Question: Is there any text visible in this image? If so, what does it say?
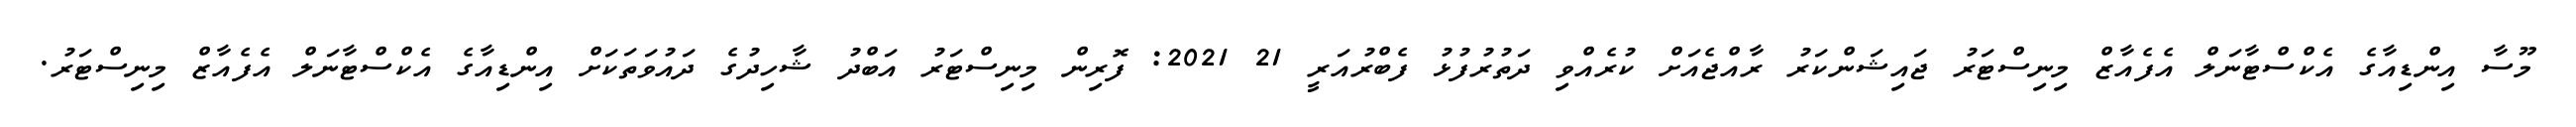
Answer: މޫސާ އިންޑިއާގެ އެކްސްޓާނަލް އެފެއާޒް މިނިސްޓަރު ޖައިޝަންކަރު ރާއްޖެއަށް ކުރެއްވި ދަތުރުފުޅު ފެބްރުއަރީ 21 2021: ފޮރިން މިނިސްޓަރު އަބްދު ޝާހިދުގެ ދައުވަތަކަށް އިންޑިއާގެ އެކްސްޓާނަލް އެފެއާޒް މިނިސްޓަރު.